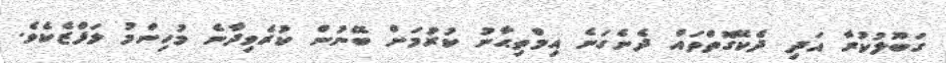
ގަބޫލުކުރާ އަދި ދެކޭގޮތްތައް ދެނެގަނެ އިމްތިޙާނު ކުރުމަށް ބޭނުން ކުރެވިދާނެ މުހިންމު ލަފްޒެކެވެ.